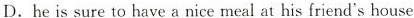
D.he is sure to have a nice meal at his friend's house